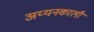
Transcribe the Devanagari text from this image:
अय्यनकाली